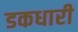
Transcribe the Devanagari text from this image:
डकधारी